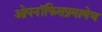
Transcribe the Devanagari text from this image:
ओपनॉफिसप्रमाणेच